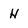
Character: h